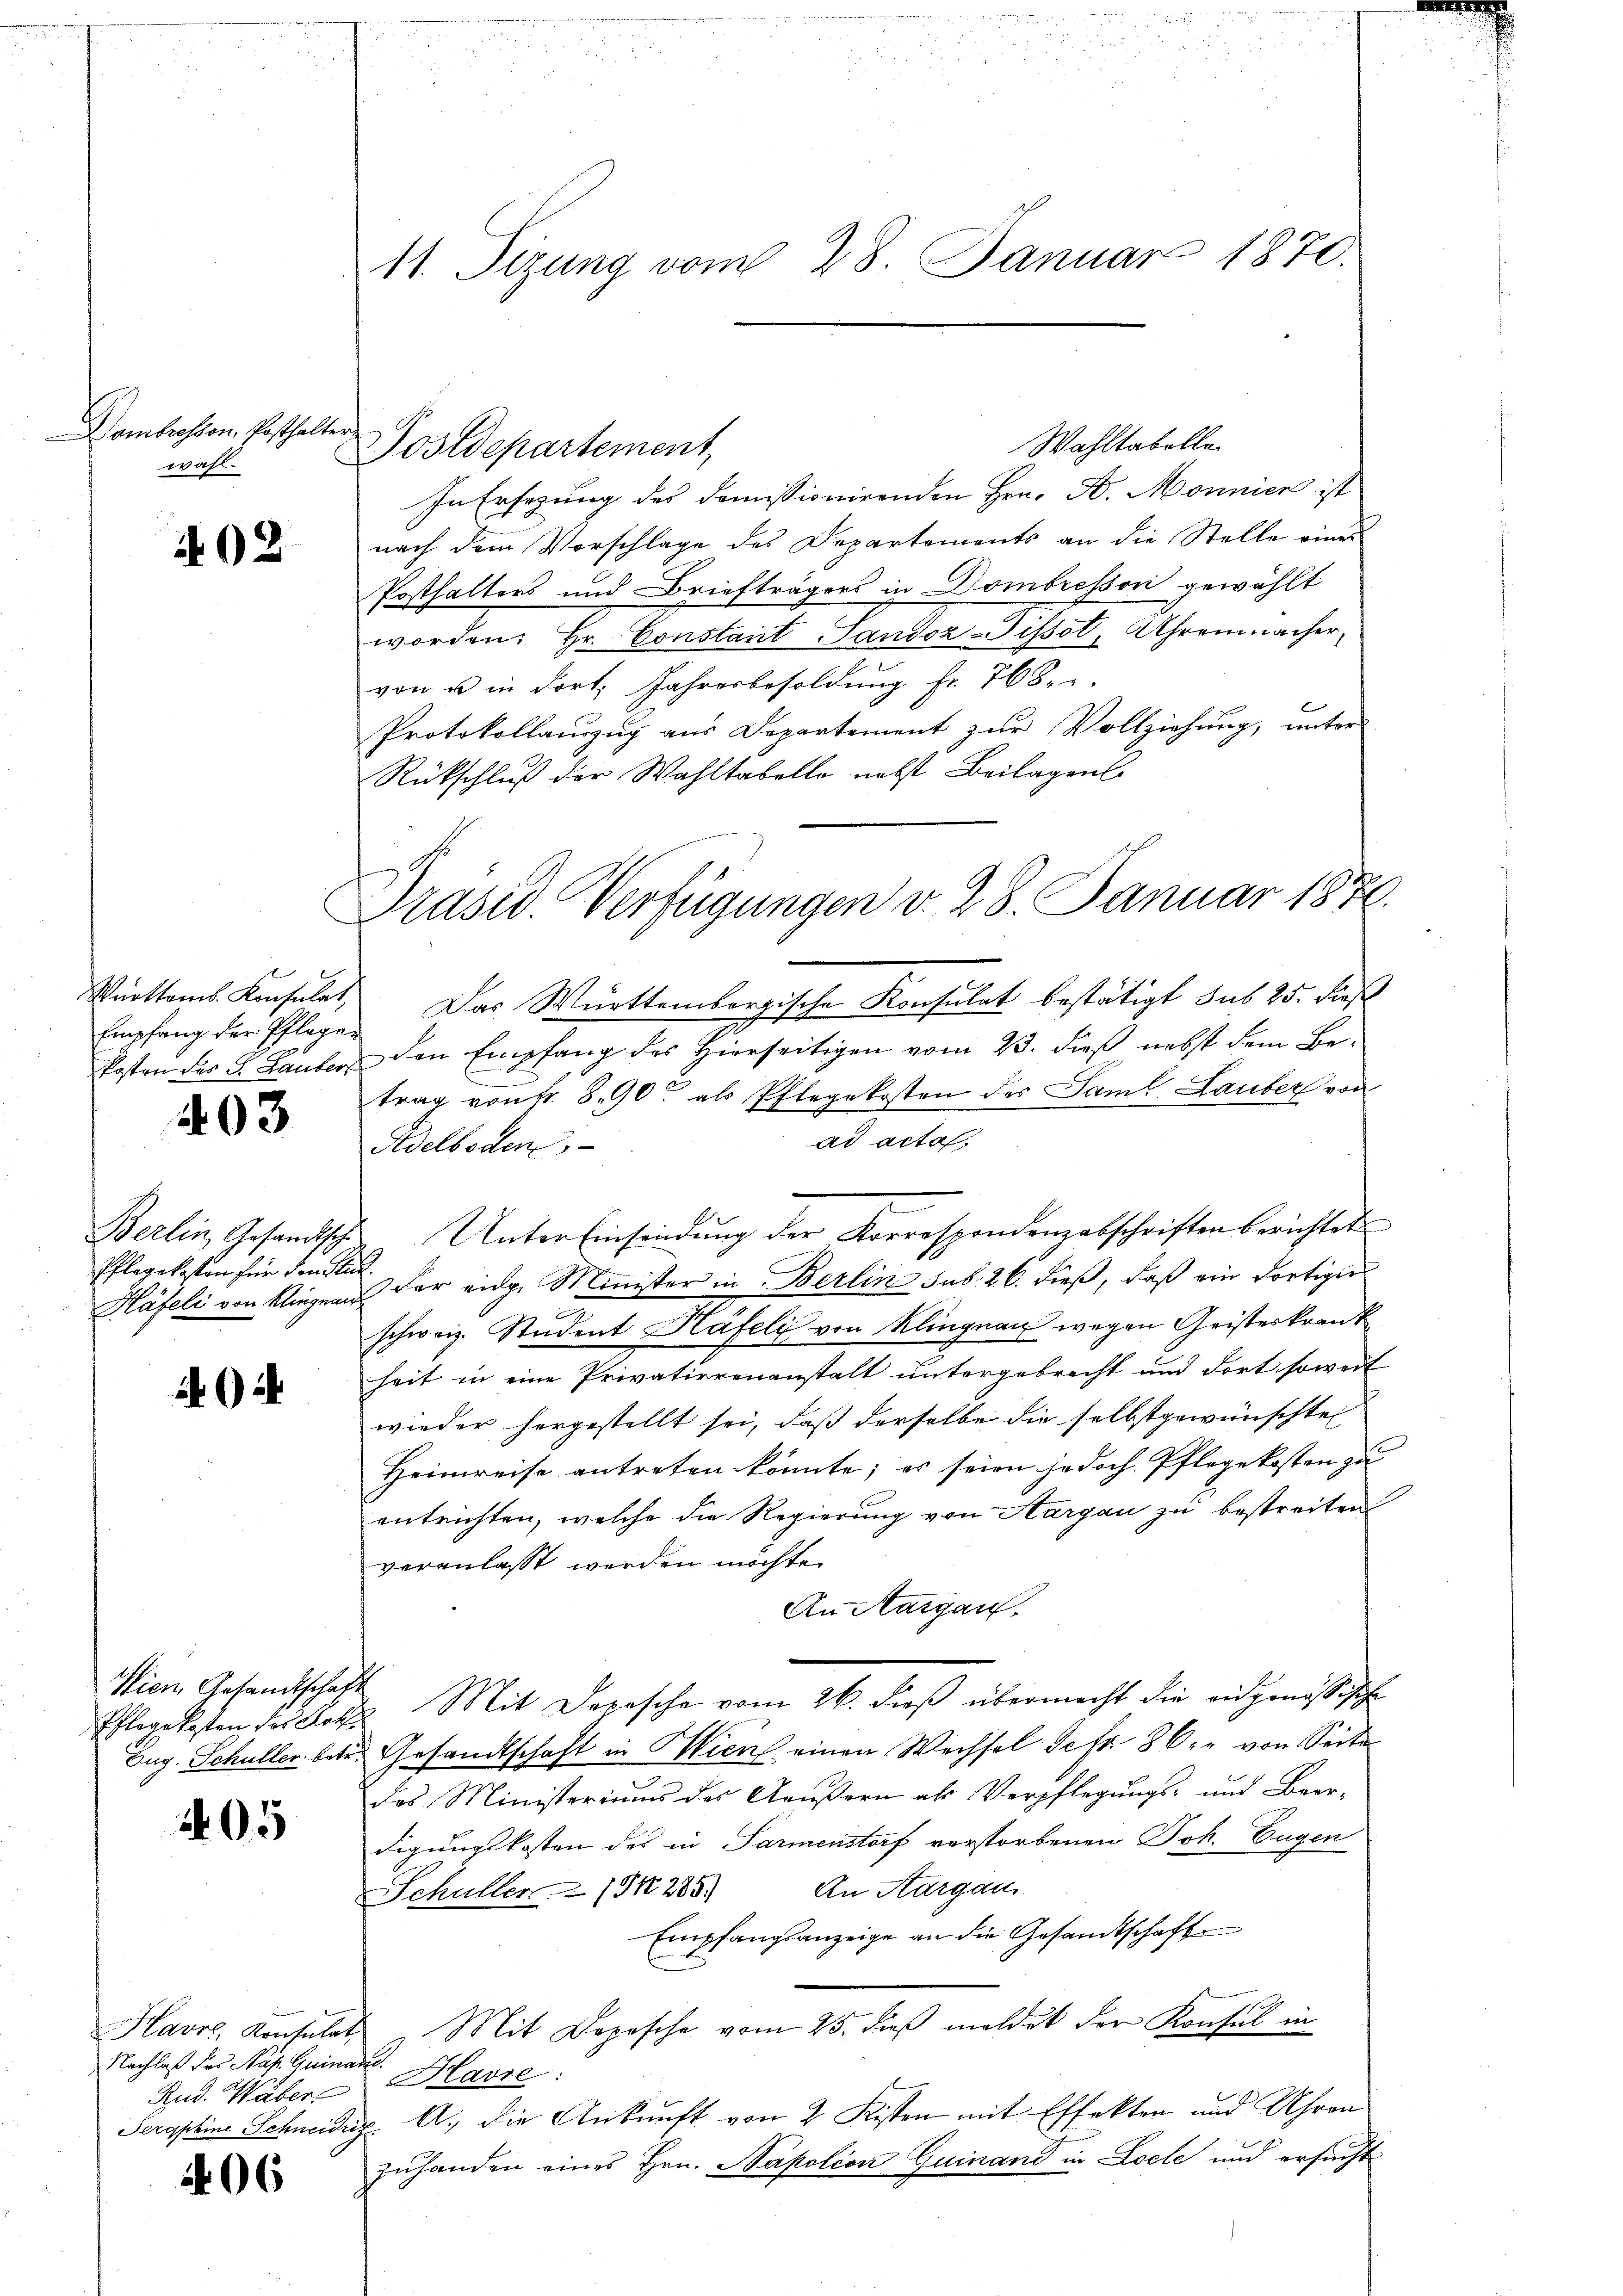
Dombressen, Posthalter.
wahl.

402

Empfang der Pflegen

403

Pflegekosten für den lit.

A 24

Wien, Gesandtschaft

405

Havre, Konsulat
Nachlaß der Pas. Quinarie

206

Wahltabelle.
Postdepartement,
In Ersezung des domissionirenden Hrn. B. Monnien ist
nach dem Vorschlage des Departements an die Stelle eines
Posthalters und Briefträgers in Dombresson gewählt
worden. Hr. Constant Sandoz-Tissot, Uhrenmacher,
von u in dort. Jahresbesoldung fr. 768.
Protokollauszug aus Departement zur Vollziehung, unter
Rückschluß der Wahltabelle nebst Beilagens
Württemb. Konsulat, Das Württembergische Konsulat bestätigt sub 25. dieß
J
7
kosten des 9. Lauber den Empfang des Hierseitigen vom 23. dieß nebst dem Betrag von fr. 890 als Pflegekosten des Saml. Lauber von
ad acta.
Adelboden
Berlin, Gesandtsche Unter Einsendŭng der Korrespondenzabschriften berichtet
Häfeli von Kliegens der eidg. Minister in Berlin sub. 26. dieß, daß ein dortiger
schweiz. Student Häfeli von Klingnau wegen Geisterkrank
heit in eine Privatierenanstalt untergebracht und dort soweit
wieder hergestellt sei, daß derselbe die selbstgewünschten
Heimreise antreten könnte; es seien jedoch Pflegekosten zu
entrichten, welche die Regierung von Aargau zu bestreiten
veranlasst werden möchte.
An Margau.
Pflegekosten des Boths Mit Depesche vom 26. dieβ übermacht die eidgenössische
Eug. Schuller betr. Gesandtschaft in Wien einen Wechsel Sefr. 86. von Seite
das Ministeriums des Aeußern als Verpflegungs- und Beer-
digungskosten des in Parmenstorf verstorbenen Joh. Eugen
An Aargau
Schüller (S. 285.
Empfangsanzeige an die Gesandtschaft
Mit Depesche vom 25. dieβ meldet der Konsul in
Rud. Weber Havre:
Seryphine Schneidig A., die Ankunft von 2 Kisten mit Effekten und Uhren
zŭhanden eines Hrn. Napoléon Guinand in Locle und ersucht

11. Sizung vom 28. Januar 1870.

Präsid. Verfügungen v. 28. Januar 1876.